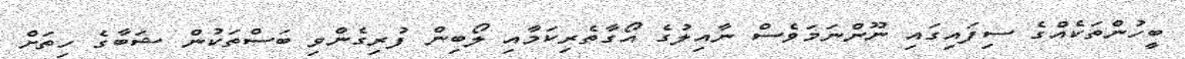
ބީހުންތަކެއްގެ ސިފައިގައި ނޫންނަމަވެސް ނާއިލުގެ އޯގާތެރިކަމާއި ލޯބިން ފުރިގެންވި ބަސްތަކުން ޝަބާގެ ހިތަށް